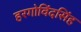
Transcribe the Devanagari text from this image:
हरगोविंदसिंह